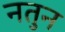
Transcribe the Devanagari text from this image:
नतुन